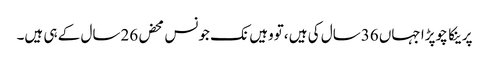
پرینکا چوپڑا جہاں 36سال کی ہیں ،تووہیں نک جونس محض 26سال کے ہی ہیں۔